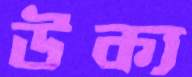
উক্য